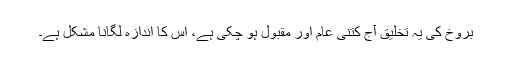
بُروخ کی یہ تخلیق آج کتنی عام اور مقبول ہو چکی ہے، اس کا اندازہ لگانا مشکل ہے۔